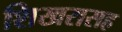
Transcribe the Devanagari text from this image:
शिखरासह